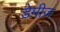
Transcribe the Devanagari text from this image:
डेमीज़